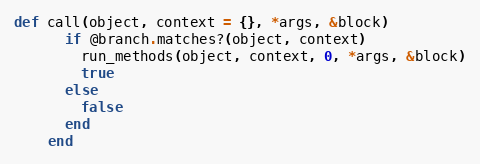
Language: Ruby
def call(object, context = {}, *args, &block)
      if @branch.matches?(object, context)
        run_methods(object, context, 0, *args, &block)
        true
      else
        false
      end
    end